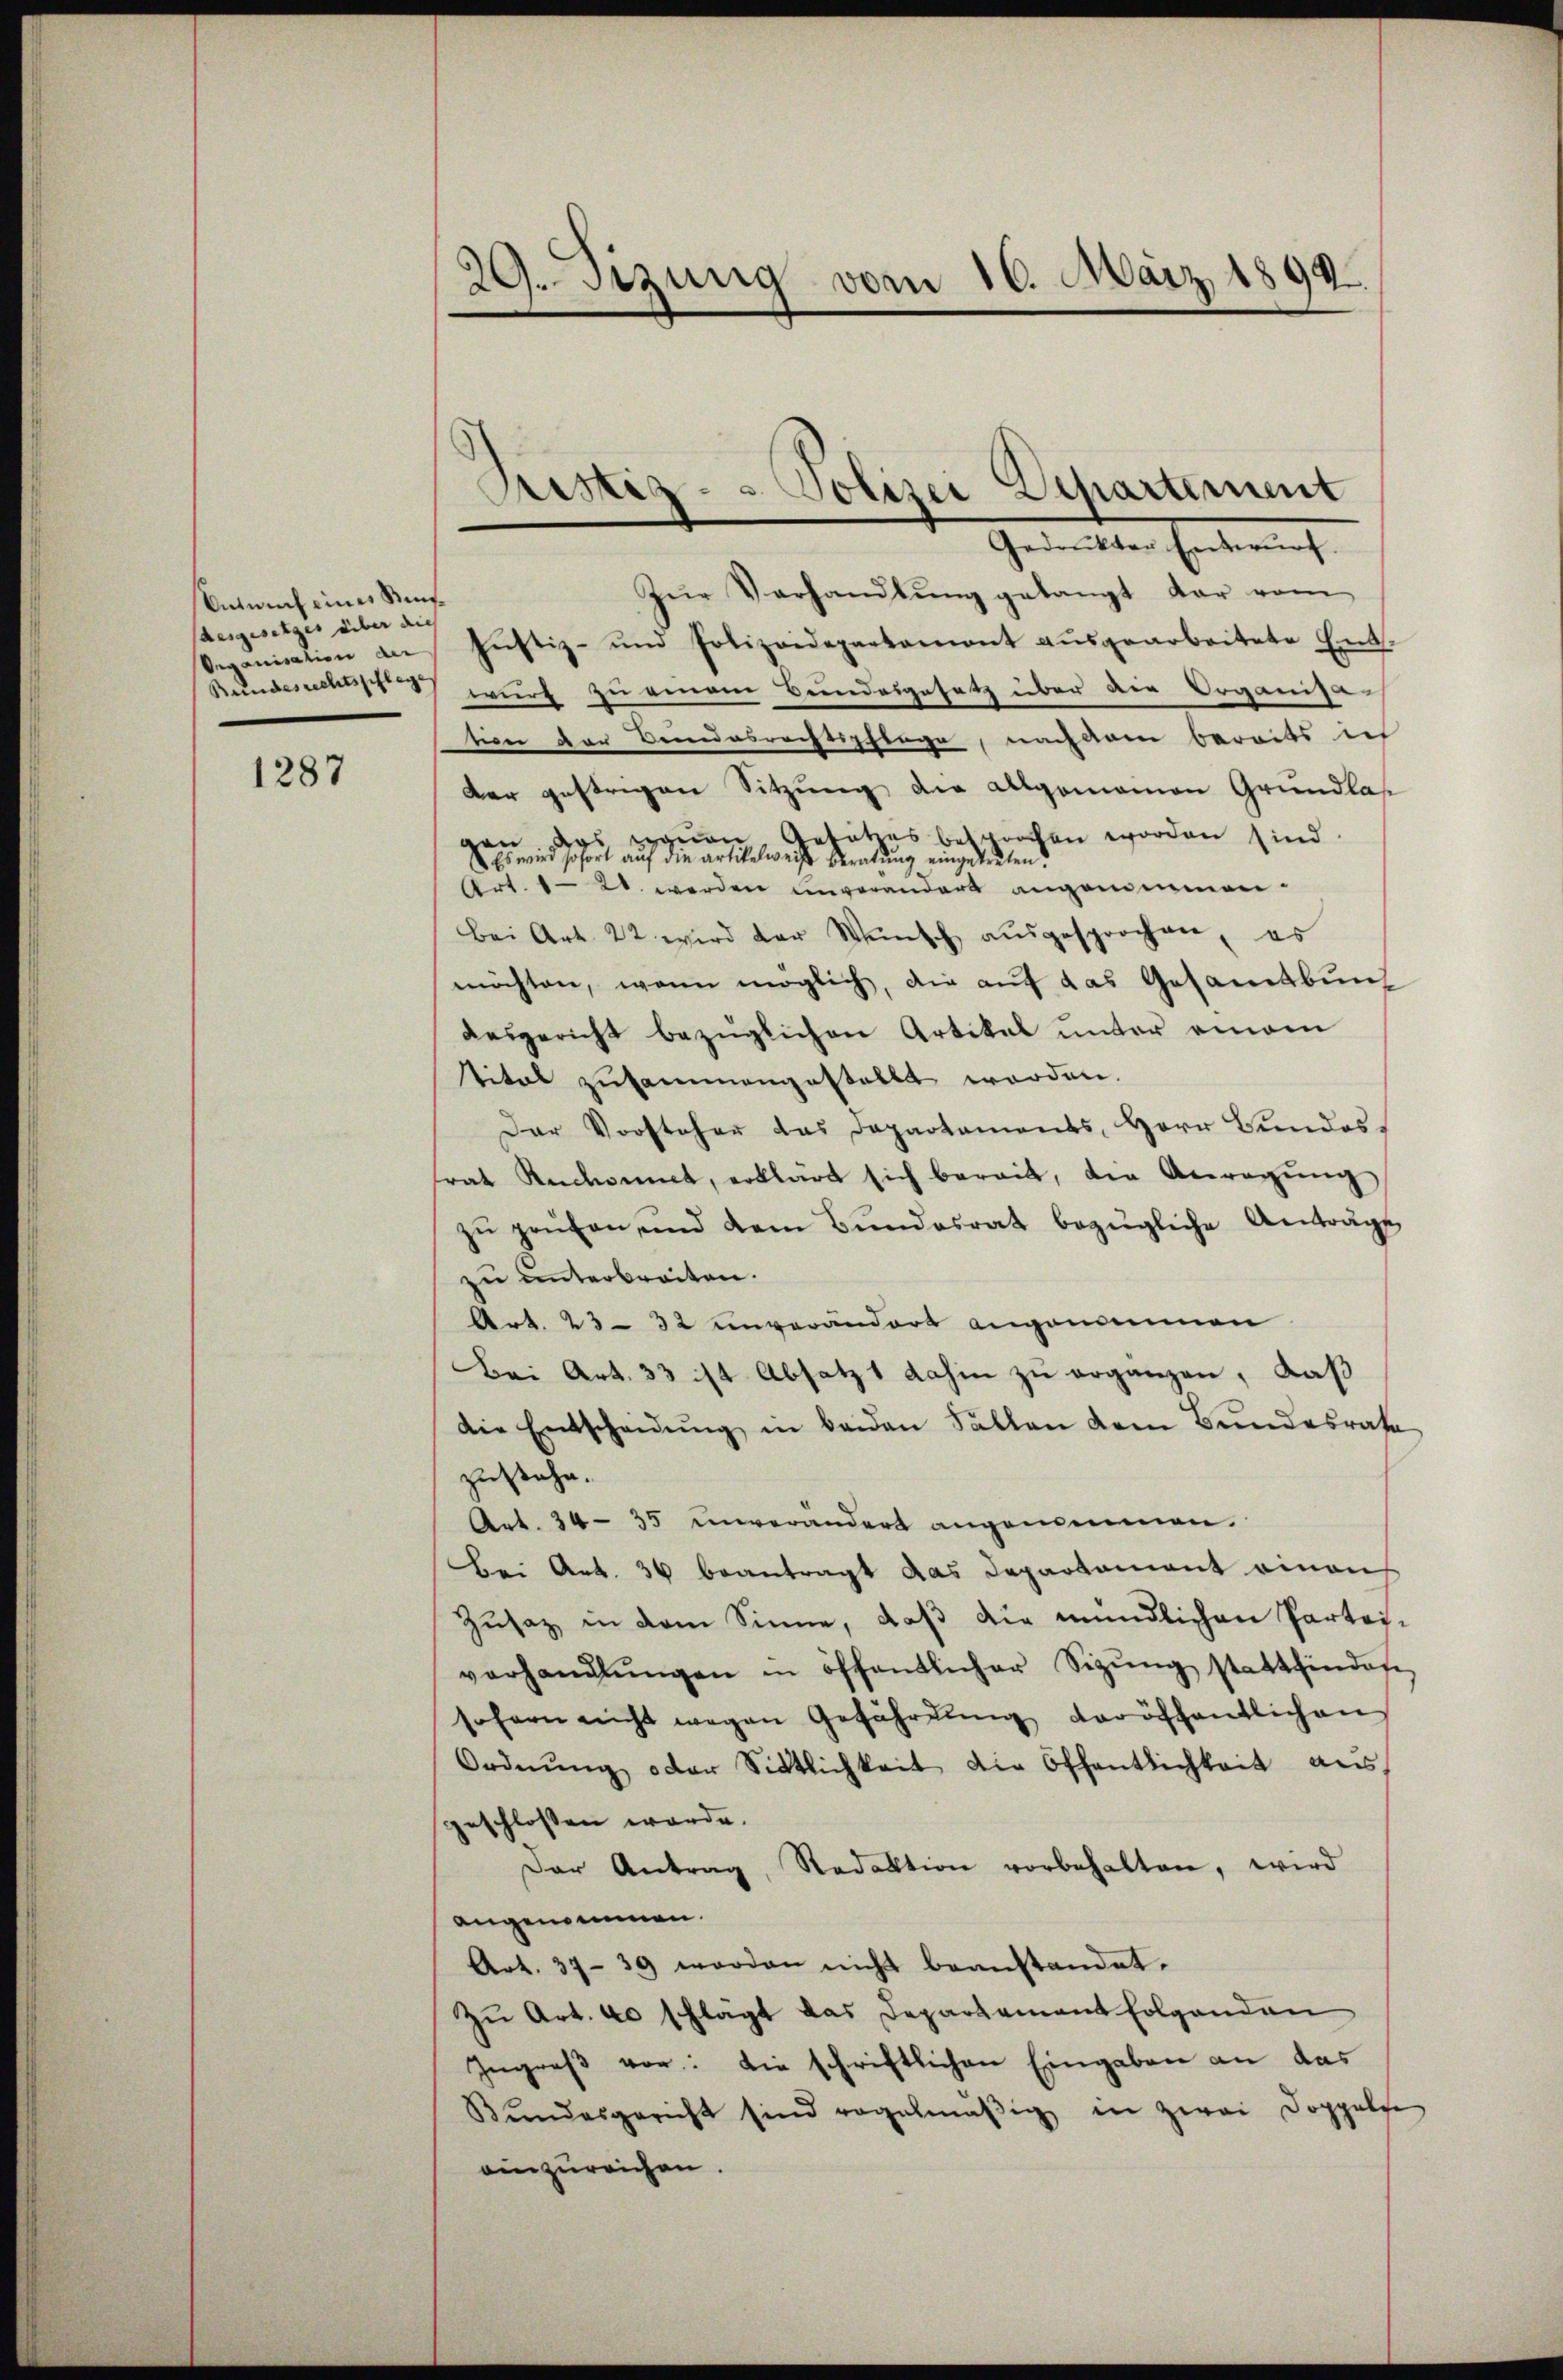
Animus eines Stifsausgesetzes über dies

1287

29. Setzung vom 16. März 1899

Gedenkter Entwurf.
Zŭr Verhandlung gelangt dar vom
6. unication an Justiz- und Polizeidepartamont aŭsgearbeitete Ent-
Bundesrechts 2 wurf zu einem Bundesgesetz über die Organisation der Bundesrechtspflege, nachdem bereits ich
der gestrigen Sitzung die Algomainen Grundlas
von das gegen, Gesatzes besproben worden sind.
Es wird sofort auf die artikelweise Beratung eingetreten.
Art. 820 werden unvorandert angenommen.
Bei Art. 22 wird der Wünsch aŭsgesprochen, es
möchten, wenn möglich, die auf das Gesamtbung
ausgericht bezüglichen Artikel unter einem
titel zusammengestellt werden.
Der Vorsteher das Departaments, Herr Bundess
trat Rückant, erklärt sich berait, die Anregŭng
zŭ prüfen, und dem Bŭndesrat bezügliche Anträge
zu unterbreiten.
Art. 23 - 32 unverändert angenommen
Bei Art. 33 ist Absatz 1 dahin zu erganzen, daß
die Entscheidŭng in beiden Fällen dem Bŭndesrate
zustehe.
Art. 34-35 unverändert angenommen.
Bei Art. 36 beantragt das Departement einauf
Zusatz in dem Sinne, daß die mündlichen Partei-
verhandlŭngen in öffentlicher Sizŭng stattfindete
sofern nicht wegen Gefährdŭng veröffentlichen
Ordnŭng oder Sittlichkeit die Öffentlichkeit aus,
geschlossen werde.
Der Antrag, Redaktion vorbehalten, wird
angenommen.
Art. 37-39 worden nicht beanstandet.
Zu Art. 40 schlägt das Departement folgenden
Ingreß vor: die schriftlichen Eingaben an das
Bŭndesgericht sind regelmäβig in zwei Doppelse
einzureichen.

Sistiz- & Polizei Departement